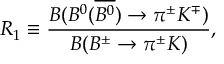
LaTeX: R _ { 1 } \equiv \frac { { \cal B } ( B ^ { 0 } ( \overline { { { B ^ { 0 } } } } ) \to \pi ^ { \pm } K ^ { \mp } ) } { { \cal B } ( B ^ { \pm } \to \pi ^ { \pm } K ) } ,